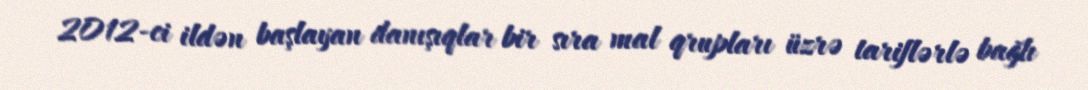
2012-ci ildən başlayan danışıqlar bir sıra mal qrupları üzrə tariflərlə bağlı